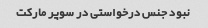
نبود جنس درخواستی در سوپر مارکت